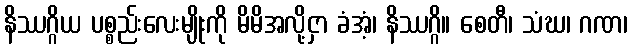
နိဿဂ္ဂိယ ပစ္စည်းလေးမျိုးကို မိမိအလို့ငှာ ခံအံ့၊ နိဿဂ္ဂိ။ စေတီ၊ သံဃ၊ ဂဏ၊